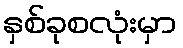
နှစ်ခုစလုံးမှာ